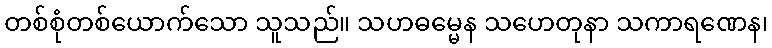
တစ်စုံတစ်ယောက်သော သူသည်။ သဟဓမ္မေန သဟေတုနာ သကာရဏေန၊